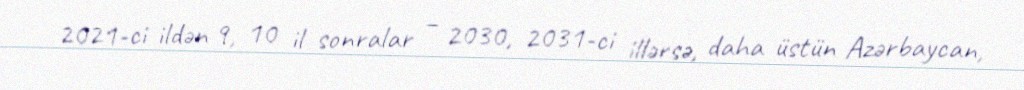
2021-ci ildən 9, 10 il sonralar – 2030, 2031-ci illərsə, daha üstün Azərbaycan,